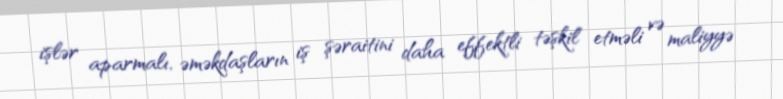
işlər aparmalı, əməkdaşların iş şəraitini daha effektli təşkil etməli və maliyyə